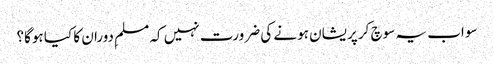
سو اب یہ سوچ کر پریشان ہونے کی ضرورت نہیں کہ مسلمِ دوران کا کیا ہوگا؟